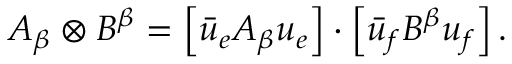
A _ { \beta } \otimes B ^ { \beta } = \left[ \bar { u } _ { e } A _ { \beta } u _ { e } \right] \cdot \left[ \bar { u } _ { f } B ^ { \beta } u _ { f } \right] .